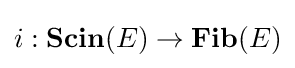
i:\mathbf {Scin} (E)\to \mathbf {Fib} (E)